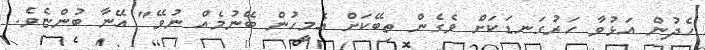
ހެދުން އަޅުވާ ހަރުގަނޑަކަށް ވެގެން ތިބޭކަށް އެމީހުން ބޭނުމެއް ނުވޭ" އޭނާ ބުންޏެވެ.